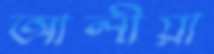
আলীয়া